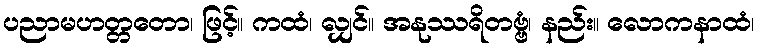
ပညာမဟတ္တတော၊ ဖြင့်။ ကထံ၊ လျှင်။ အနုဿရိတဗ္ဗံ၊ နည်း။ လောကနာထံ၊